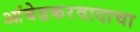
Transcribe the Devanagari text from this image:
आंबेडकरवादाचा